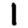
Digit: 1